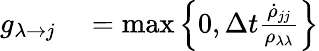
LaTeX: \begin{array}{rl}{g_{\lambda\rightarrow j}}&{{}=\operatorname*{max}\left\{ 0,\Delta t\frac{\dot{\rho}_{jj}}{\rho_{\lambda\lambda}}\right\} }\end{array}